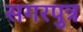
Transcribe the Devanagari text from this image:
सगरपुत्र